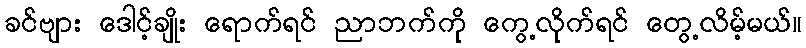
ခင်ဗျား ဒေါင့်ချိုး ရောက်ရင် ညာဘက်ကို ကွေ့လိုက်ရင် တွေ့လိမ့်မယ်။